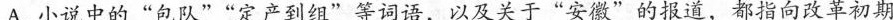
A.小说中的“包队”“定产到组”等词语，以及关于“安徽”的报道，都指向改革初期